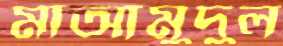
মাআমুদুল